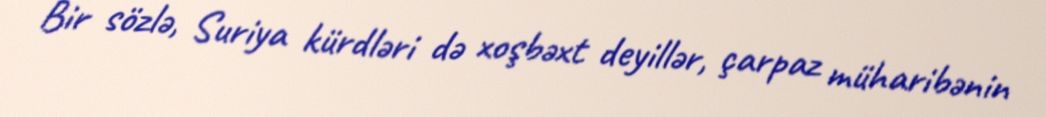
Bir sözlə, Suriya kürdləri də xoşbəxt deyillər, çarpaz müharibənin